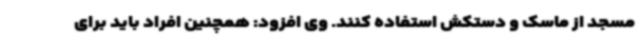
مسجد از ماسک و دستکش استفاده کنند. وی افزود: همچنین افراد باید برای